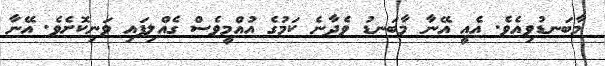
މާބަނޑުވިއެވެ. އެއީ އޭނާ މާބަނޑު ވެދާނެ ކަމުގެ އުއްމީވެސް ގެއްލިފައި ވަނިކޮށެވެ. އޭނާ